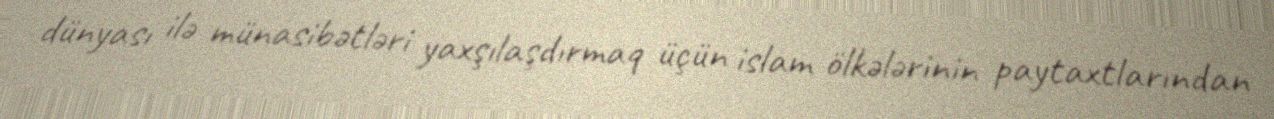
dünyası ilə münasibətləri yaxşılaşdırmaq üçün islam ölkələrinin paytaxtlarından